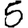
Digit: 5